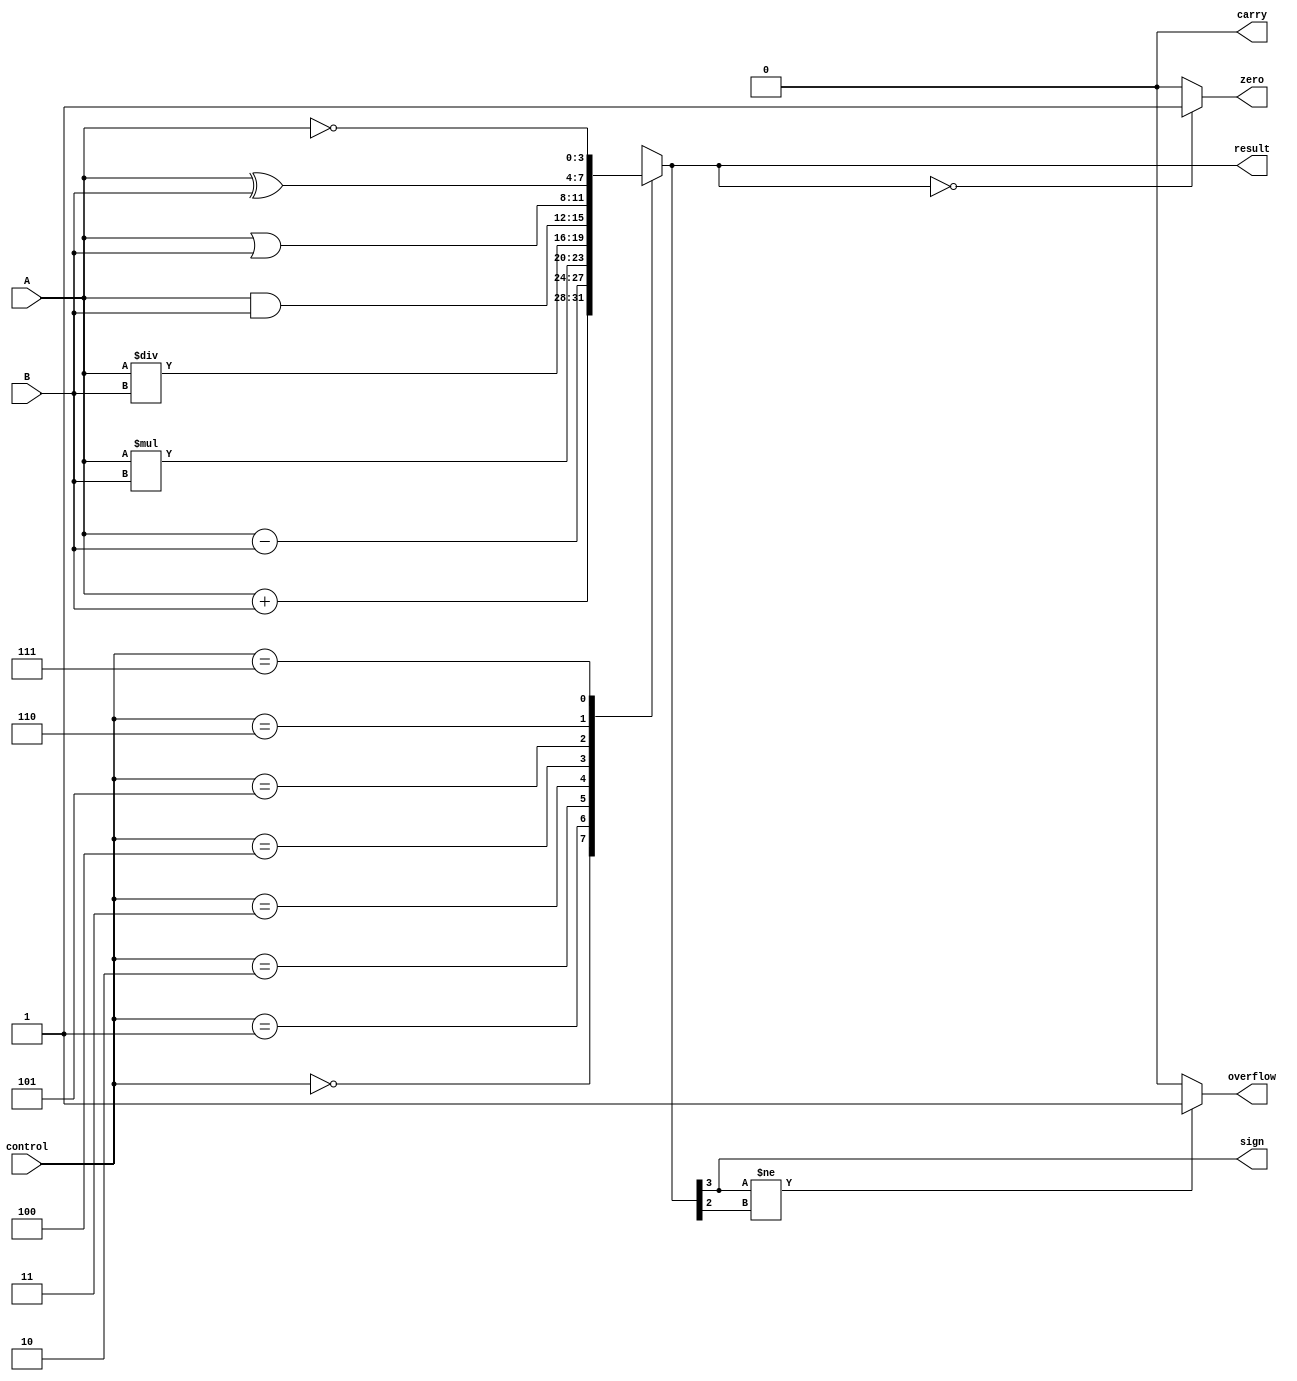
module ALU_4bit (
    input [3:0] A,
    input [3:0] B,
    input [2:0] control,
    output reg [3:0] result,
    output reg carry,
    output reg overflow,
    output reg zero,
    output reg sign
);

always @(*) begin
    case(control)
        3'b000: result = A + B; // addition
        3'b001: result = A - B; // subtraction
        3'b010: result = A * B; // multiplication
        3'b011: result = A / B; // division
        3'b100: result = A & B; // AND
        3'b101: result = A | B; // OR
        3'b110: result = A ^ B; // XOR
        3'b111: result = ~A;    // NOT
    endcase
    
    carry = (result[4] == 1) ? 1'b1 : 1'b0;
    overflow = (result[3] != result[2]) ? 1'b1 : 1'b0;
    zero = (result == 4'b0000) ? 1'b1 : 1'b0;
    sign = result[3];
end

endmodule